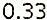
0.33